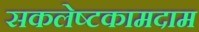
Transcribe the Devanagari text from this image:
सकलेष्टकामदाम